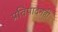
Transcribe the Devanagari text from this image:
प्रतिपादनही